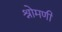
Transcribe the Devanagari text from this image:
श्रोमणी